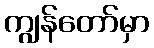
ကျွန်တော်မှာ